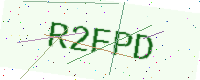
Text: R2FPD